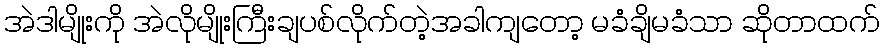
အဲဒါမျိုးကို အဲလိုမျိုးကြီးချပစ်လိုက်တဲ့အခါကျတော့ မခံချိမခံသာ ဆိုတာထက်